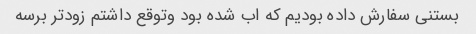
بستنی سفارش داده بودیم که اب شده بود وتوقع داشتم زودتر برسه